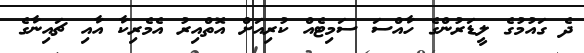
ދެ ގައުމުގެ ލީޑަރުންގެ ހާއްސަ ސަމިޓެއް ކުރިއަށް އޮތްއިރު އެމެރިކާ އާއި ޗައިނާގެ